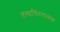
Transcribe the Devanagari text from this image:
तत्त्वाचिंतनात्मक